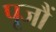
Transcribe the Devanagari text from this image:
पूजौं